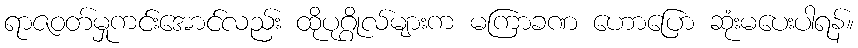
ရာဇဝတ်မှုကင်းအောင်လည်း ထိုပုဂ္ဂိုလ်များက မကြာခဏ ဟောပြော ဆုံးမပေးပါရန်။